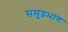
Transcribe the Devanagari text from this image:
समुद्रभाग